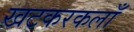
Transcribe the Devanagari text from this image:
खटकरकलाँ